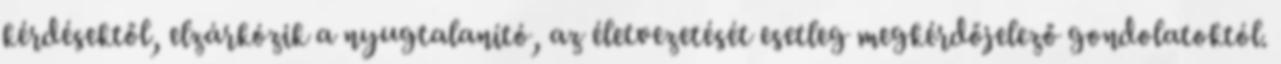
kérdésektől, elzárkózik a nyugtalanító, az életvezetését esetleg megkérdőjelező gondolatoktól.